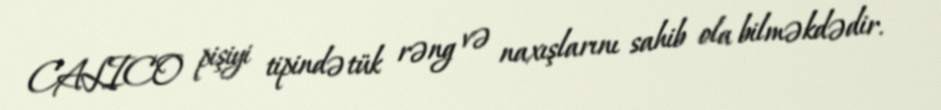
CALICO pişiyi tipində tük rəng və naxışlarını sahib ola bilməkdədir.